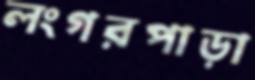
লংগরপাড়া